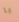
يا